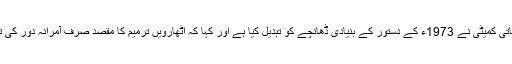
انھوں نے اس الزام کو بھی مسترد کیا کہ آئینی اصلاحاتی کمیٹی نے 1973ء کے دستور کے بنیادی ڈھانچے کو تبدیل کیا ہے اور کہا کہ اٹھارویں ترمیم کا مقصد صرف آمرانہ دور کی ترامیم کو ختم کر کے آئین کو مزید مضبوط بنانا ہے ۔